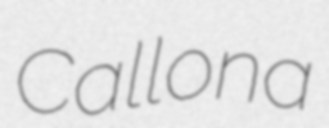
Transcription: Callona